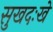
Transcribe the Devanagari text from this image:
सुखदःखे